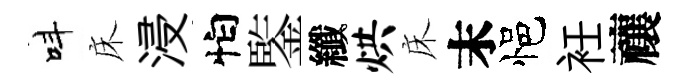
呌床浸怕鍳纖烘床末悒衽禳